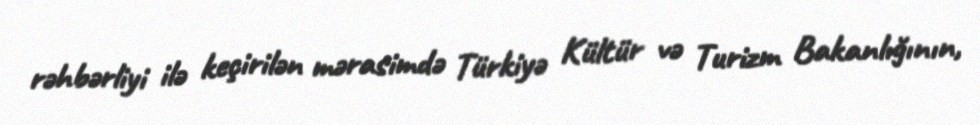
rəhbərliyi ilə keçirilən mərasimdə Türkiyə Kültür və Turizm Bakanlığının,